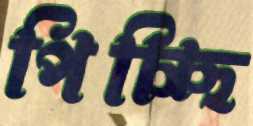
পিচ্ছি